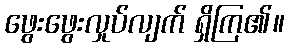
ဖွေးဖွေးလှုပ်လျက် ရှိကြ၏။